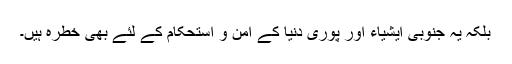
بلکہ یہ جنوبی ایشیاء اور پوری دنیا کے امن و استحکام کے لئے بھی خطرہ ہیں۔